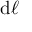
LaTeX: \mathrm { d } { \boldsymbol { \ell } }